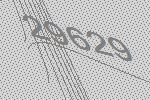
29629